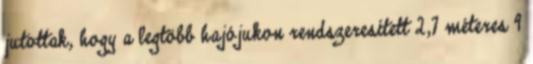
jutottak, hogy a legtöbb hajójukon rendszeresített 2,7 méteres 9